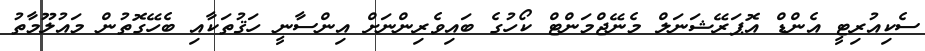
ސެކިއުރިޓީ އެންޑް އޮޕަރޭޝަނަލް މެނޭޖްމަންޓް ކޯހުގެ ބައިވެރިންނަށް އިންސާނީ ހަޤުތަކާއި ބެހޭގޮތުން މައުލޫމާތު